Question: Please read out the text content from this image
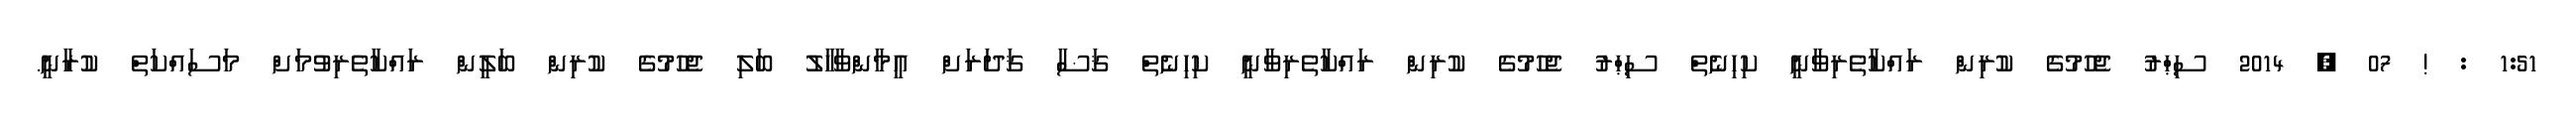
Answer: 1:51 : ! 07 , 2014 ސިޙްރު ޖެހުމުގެ ކުރިން ރައްކާތެރިވާނީ ކިހިނެތް ސިޙްރު ޖެހުމުގެ ކުރިން ރައްކާތެރިވާނީ ކިހިނެތް ޤަޟާ ޤަދަރަށް އީމާންވާހާލު ބަލި ޖެހުމުގެ ކުރިން ބަލީން ރައްކާތެރިވުމަށް މަސައްކަތް ކުރާނީ.